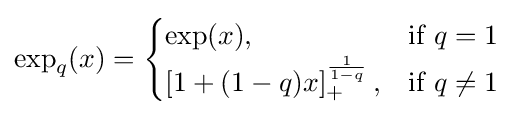
\exp _{q}(x)={\begin{cases}\exp(x),&{\text{if }}q=1\\\left[1+(1-q)x\right]_{+}^{\frac {1}{1-q}},&{\text{if }}q\neq 1\end{cases}}